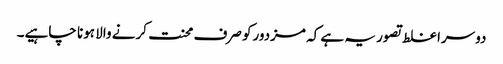
دوسرا غلط تصور یہ ہے کہ مزدورکو صرف محنت کرنے والا ہونا چاہیے۔